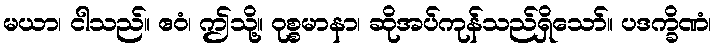
မယာ၊ ငါသည်။ ဧဝံ၊ ဤသို့။ ဝုစ္စမာနာ၊ ဆိုအပ်ကုန်သည်ရှိသော်။ ပဒက္ခိဏံ၊